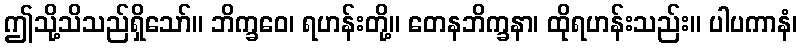
ဤသို့သိသည်ရှိသော်။ ဘိက္ခဝေ၊ ရဟန်းတို့။ တေနဘိက္ခနာ၊ ထိုရဟန်းသည်း။ ပါပကာနံ၊